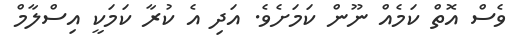
ވެސް އޮތް ކަމެއް ނޫން ކަމަށެވެ. އަދި އެ ކުރާ ކަމަކީ އިސްލާމް